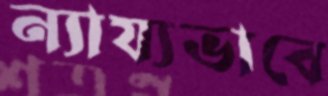
ন্যায্যভাবে